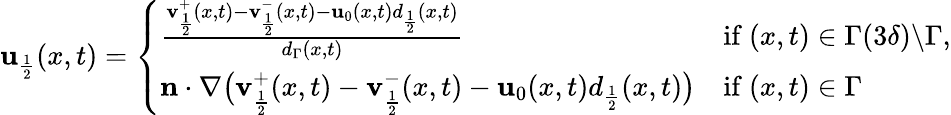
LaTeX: \begin{array}{r}{\mathbf{u}_{\frac{1}{2}}(x,t)=\left\{ \begin{array}{ll}{\frac{\mathbf{v}_{\frac{1}{2}}^{+}(x,t)-\mathbf{v}_{\frac{1}{2}}^{-}(x,t)-\mathbf{u}_{0}(x,t)d_{\frac{1}{2}}(x,t)}{d_{\Gamma}(x,t)}}&{\mathrm{if~}(x,t)\in\Gamma(3\delta)\backslash\Gamma,}\\ {\mathbf{n}\cdot\nabla\big(\mathbf{v}_{\frac{1}{2}}^{+}(x,t)-\mathbf{v}_{\frac{1}{2}}^{-}(x,t)-\mathbf{u}_{0}(x,t)d_{\frac{1}{2}}(x,t)\big)}&{\mathrm{if~}(x,t)\in\Gamma}\end{array}\right.}\end{array}